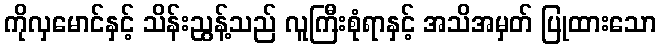
ကိုလှမောင်နှင့် သိန်းညွန့်သည် လူကြီးစုံရာနှင့် အသိအမှတ် ပြုထားသော